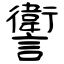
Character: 讆